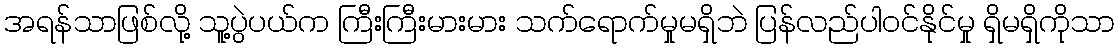
အရန်သာဖြစ်လို့ သူ့ပွဲပယ်က ကြီးကြီးမားမား သက်ရောက်မှုမရှိဘဲ ပြန်လည်ပါဝင်နိုင်မှု ရှိမရှိကိုသာ